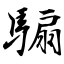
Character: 騸